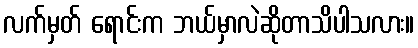
လက်မှတ် ရောင်းက ဘယ်မှာလဲဆိုတာသိပါသလား။